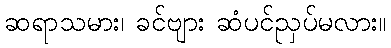
ဆရာသမား၊ ခင်ဗျား ဆံပင်ညှပ်မလား။